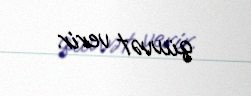
qüvvət verir.